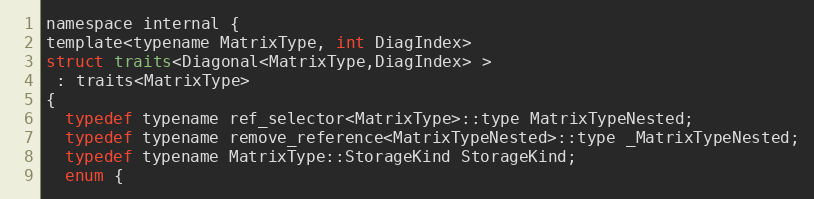
Language: C
namespace internal {
template<typename MatrixType, int DiagIndex>
struct traits<Diagonal<MatrixType,DiagIndex> >
 : traits<MatrixType>
{
  typedef typename ref_selector<MatrixType>::type MatrixTypeNested;
  typedef typename remove_reference<MatrixTypeNested>::type _MatrixTypeNested;
  typedef typename MatrixType::StorageKind StorageKind;
  enum {